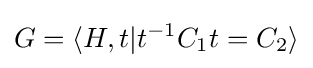
G=\langle H,t|t^{-1}C_{1}t=C_{2}\rangle